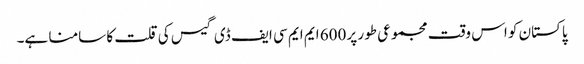
پاکستان کو اس وقت مجموعی طور پر 600 ایم ایم سی ایف ڈی گیس کی قلت کا سامنا ہے۔